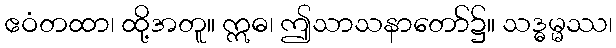
ဧဝံတထာ၊ ထို့အတူ။ ဣဓ၊ ဤသာသနာတော်၌။ သဒ္ဓမ္မဿ၊